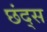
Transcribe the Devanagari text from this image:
छंद्स